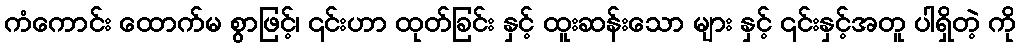
ကံကောင်း ထောက်မ စွာဖြင့်၊ ၎င်းဟာ ထုတ်ခြင်း နှင့် ထူးဆန်းသော များ နှင့် ၎င်းနှင့်အတူ ပါရှိတဲ့ ကို